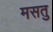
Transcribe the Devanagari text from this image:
मसतु